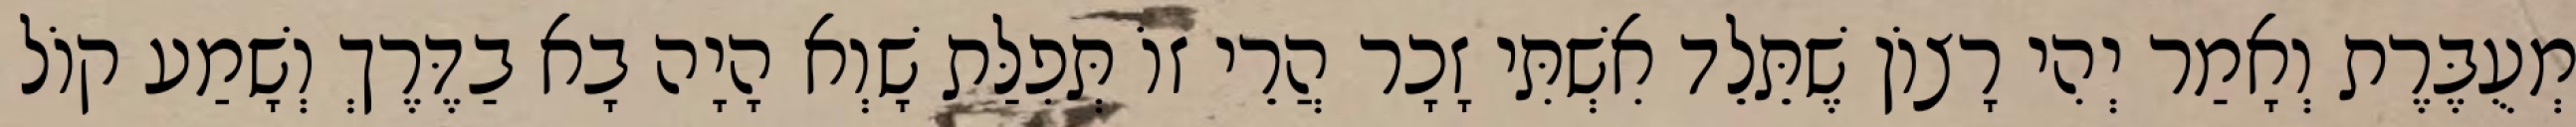
מְעֻבֶּרֶת וְאָמַר יְהִי רָצוֹן שֶׁתֵּלֵד אִשְׁתִּי זָכָר הֲרֵי זוֹ תְּפִלַּת שָׁוְא הָיָה בָא בַדֶּרֶךְ וְשָׁמַע קוֹל